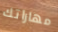
مهاراتك